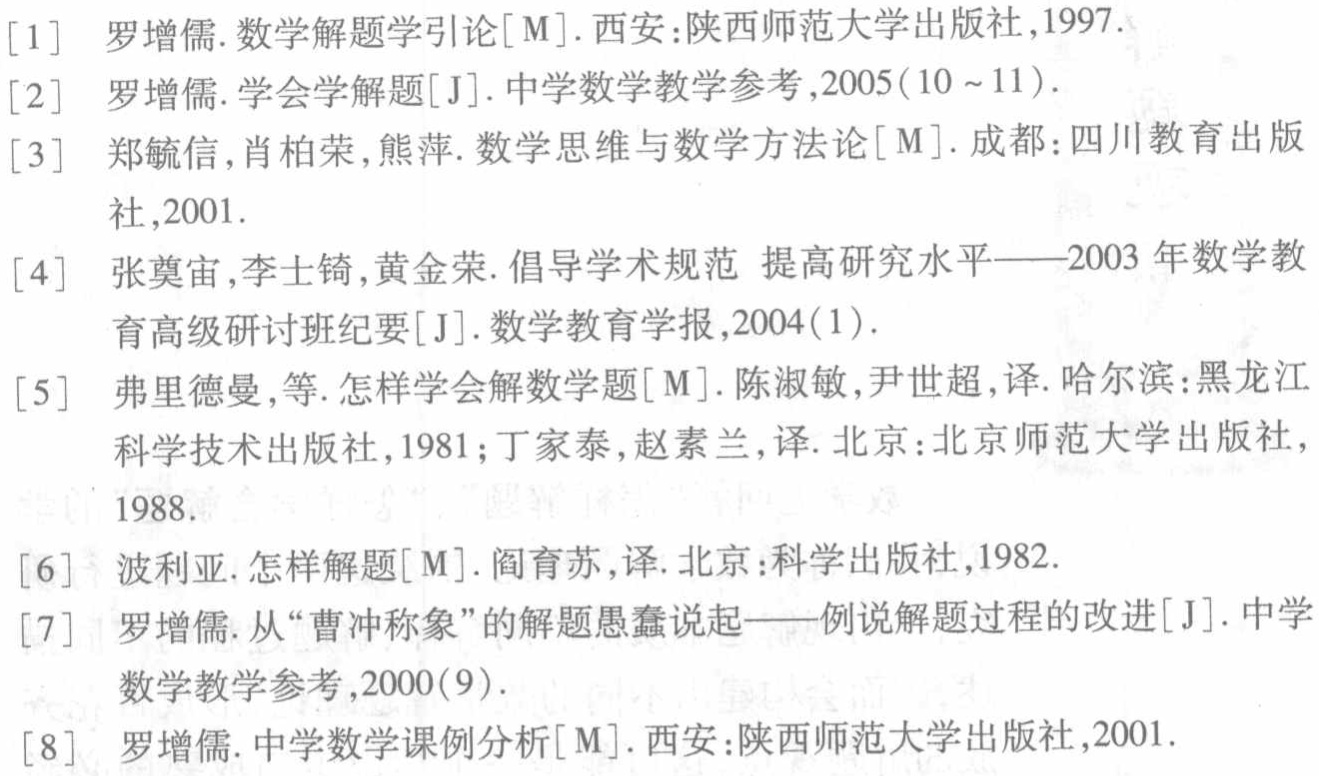
\begin{enumerate}

\item 罗增儒. 数学解题学引论[M]. 西安: 陕西师范大学出版社, 1997.

\item 罗增儒. 学会学解题[J]. 中学数学教学参考, 2005(10$\sim$11).

\item 郑毓信, 肖柏荣, 熊萍. 数学思维与数学方法论[M]. 成都: 四川教育出版社, 2001.

\item 张奠宙, 李士锜, 黄金荣. 倡导学术规范 提高研究水平——2003年数学教育高级研讨班纪要[J]. 数学教育学报, 2004(1).

\item 弗里德曼, 等. 怎样学会解数学题[M]. 陈淑敏, 尹世超, 译. 哈尔滨: 黑龙江科学技术出版社, 1981; 丁家泰, 赵素兰, 译. 北京: 北京师范大学出版社, 1988.

\item 波利亚. 怎样解题[M]. 阎育苏, 译. 北京: 科学出版社, 1982.

\item 罗增儒. 从“曹冲称象”的解题愚蠢说起——例说解题过程的改进[J]. 中学数学教学参考, 2000(9).

\item 罗增儒. 中学数学课例分析[M]. 西安: 陕西师范大学出版社, 2001.

\end{enumerate}